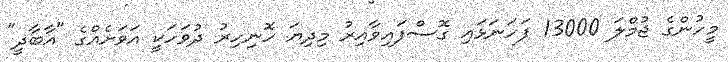
މީހުންގެ ޖުމްލަ 13000 ފަހަނަޅައި ގޮސްފައިވާއިރު މިދިޔަ ހޮނިހިރު ދުވަހަކީ އަވަށެއްގެ "އާބާދީ"